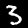
Digit: 3